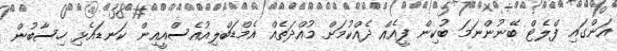
އަންގައި ފްލެޓް ބޭނުންނަމަ ބުކިން ފީއެއް ދެއްކުމަށް މުއްދަތެއް އެމްޑަބްލިއުއެސްއީއިން ކަނޑައެޅި ހިސާބުން